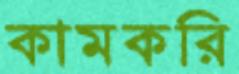
কামকরি